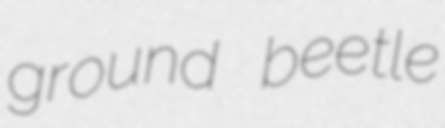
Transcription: ground beetle